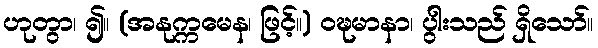
ဟုတွာ၊ ၍။ (အနုက္ကမေန၊ ဖြင့်။) ဝဍ္ဎမာနာ၊ ပွါးသည် ရှိသော်။